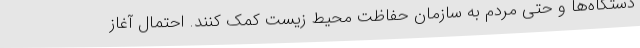
دستگاه‌ها و حتی مردم به سازمان حفاظت محیط زیست کمک کنند. احتمال آغاز